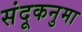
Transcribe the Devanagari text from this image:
संदूकनुमा